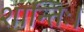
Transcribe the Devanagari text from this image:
शान्तिः।